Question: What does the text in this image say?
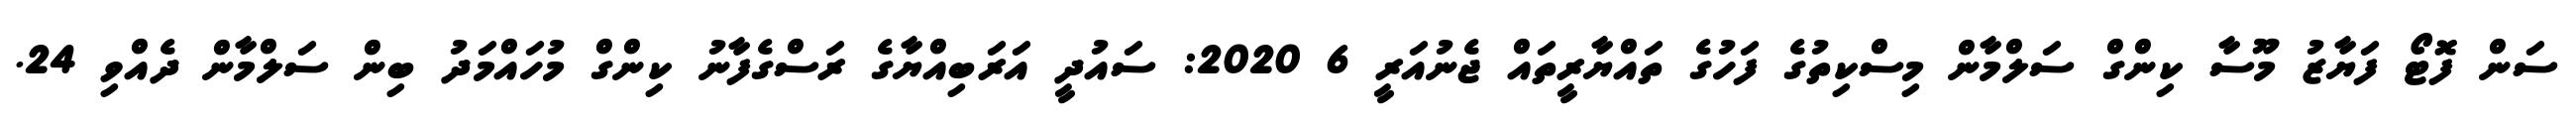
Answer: ސަން ފޮޓޯ ފަޔާޒު މޫސާ ކިންގް ސަލްމާން މިސްކިތުގެ ފަހުގެ ތައްޔާރީތައް ޖެނުއަރީ 6 2020: ސައުދީ އަރަބިއްޔާގެ ރަސްގެފާނު ކިންގް މުހައްމަދު ބިން ސަލްމާން ދެއްވި 24.